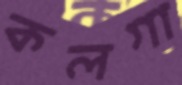
কলগা